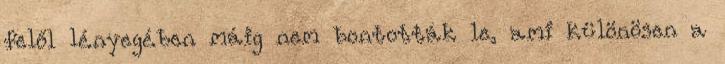
felől lényegében máig nem bontották le, ami különösen a